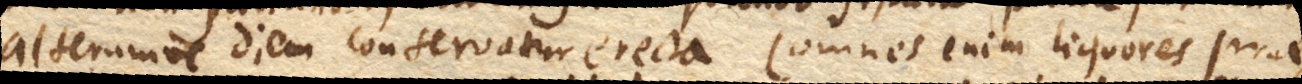
alterumve diem conservatur erecta (omnes enim liquores prae–